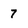
Character: 7